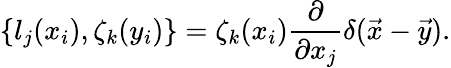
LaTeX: \{ l_{j}(x_{i}),\zeta_{k}(y_{i})\} =\zeta_{k}(x_{i})\frac{\partial}{\partial x_{j}}\delta(\vec{x}-\vec{y}).